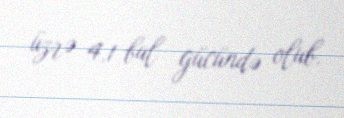
üzrə 4.1 bal gücündə olub.